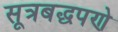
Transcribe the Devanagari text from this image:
सूत्रबद्धपणे